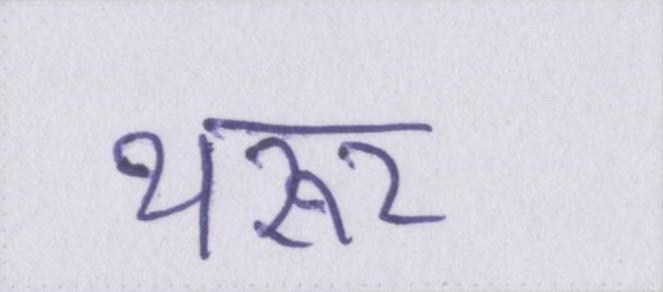
थरूर